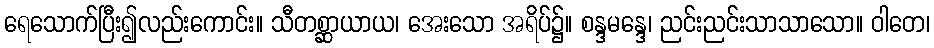
ရေသောက်ပြီး၍လည်းကောင်း။ သီတစ္ဆာယာယ၊ အေးသော အရိပ်၌။ စန္ဒမန္ဒေ၊ ညင်းညင်းသာသာသော။ ဝါတေ၊